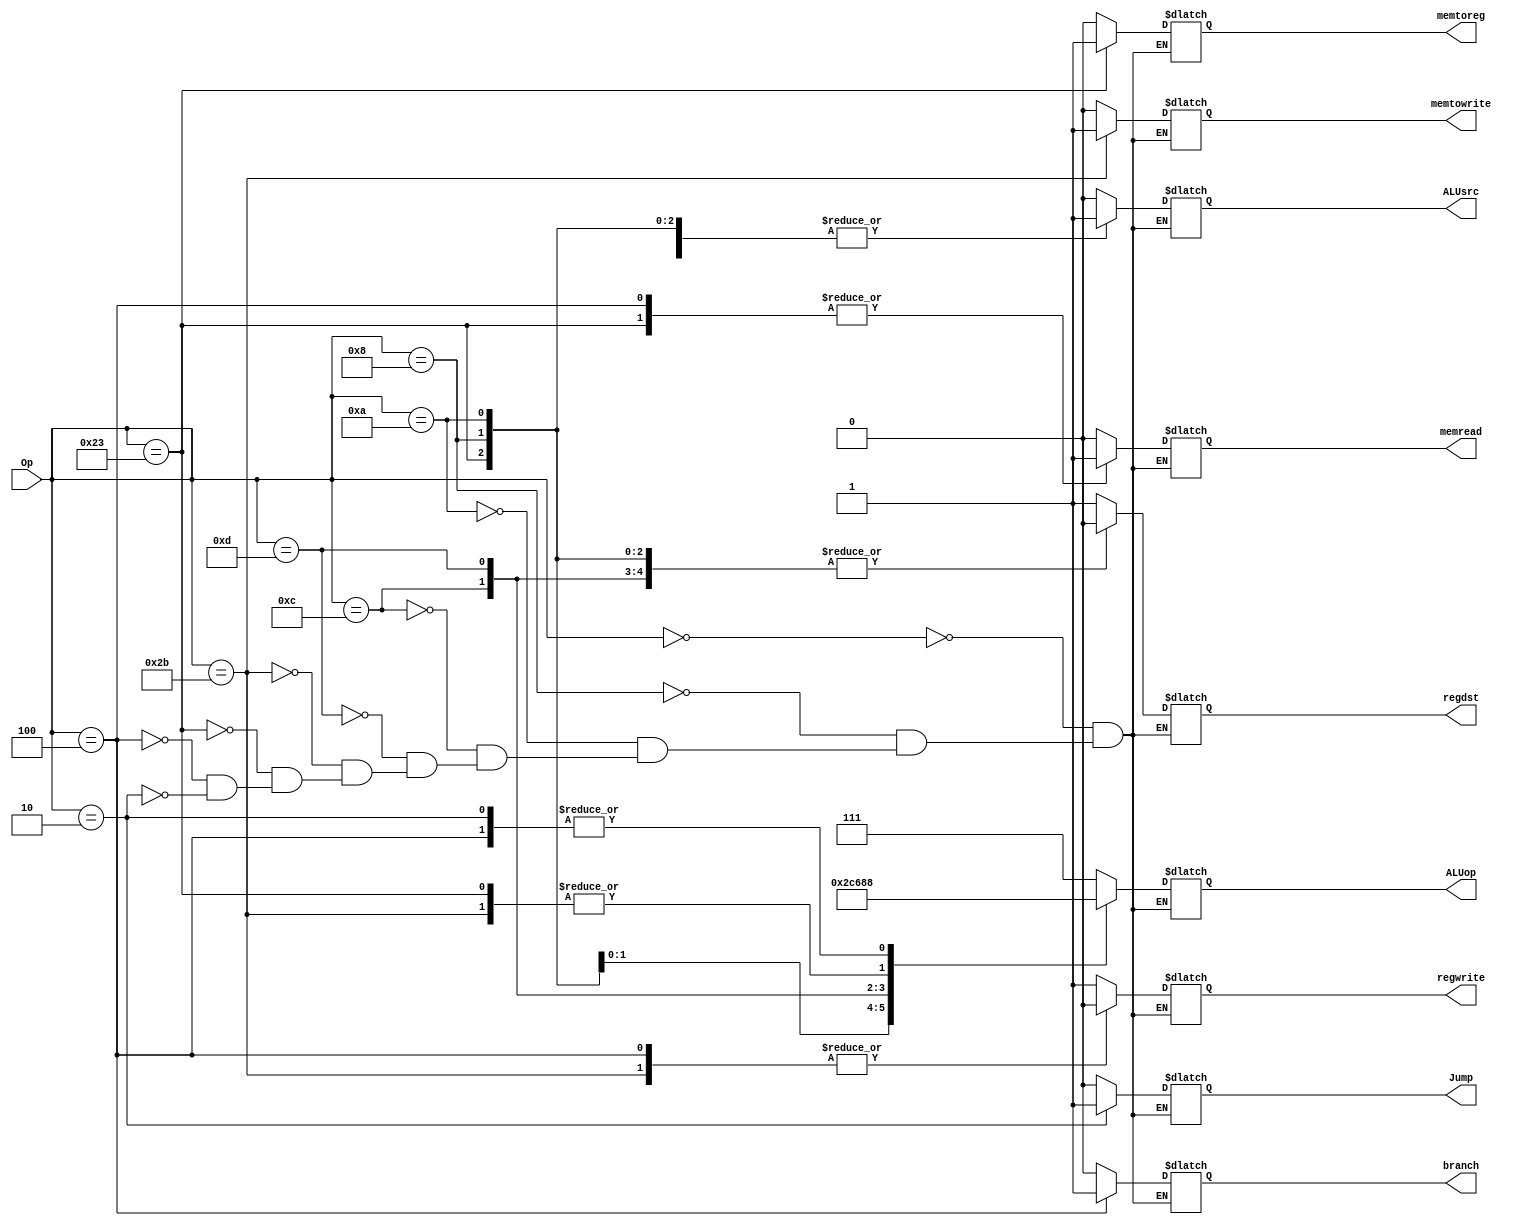
//Unidad de Control prueba
//Fase 2
`timescale 1ns/1ns

module UnidadControl(
    input [5:0] Op,
    output reg regdst,
    output reg branch,
    output reg memread,
    output reg memtoreg,
    output reg [2:0]ALUop,
    output reg memtowrite,
    output reg ALUsrc,
    output reg regwrite,
    output reg Jump
    );

always @* begin
    case (Op)
        6'b000000://Type R
        begin
            regdst = 1;
            branch = 0;
            memread = 0;
            memtoreg = 0;
            ALUop = 3'b111;
            memtowrite = 0;
            ALUsrc = 0;
            regwrite = 1;
            Jump = 0;
        end
        6'b001000: //Addi
        begin
            regdst = 0;
            branch = 0;
            memread = 0;
            memtoreg = 0;
            ALUop = 3'b101;
            memtowrite = 0;
            ALUsrc = 1;
            regwrite = 1;
            Jump = 0;
        end
        6'b001010: //slti
        begin
            regdst = 0;
            branch = 0;
            memread = 0;
            memtoreg = 0;
            ALUop = 3'b100;
            memtowrite = 0;
            ALUsrc = 1;
            regwrite = 1;  
            Jump = 0;
        end
        6'b001100://andi
        begin
            regdst = 0;
            branch = 0;
            memread = 0;
            memtoreg = 0;
            ALUop = 3'b011;
            memtowrite = 0;
            ALUsrc = 1;
            regwrite = 1;  
            Jump = 0;
        end
        6'b001101: //ori
        begin
            regdst = 0;
            branch = 0;
            memread = 0;
            memtoreg = 0;
            ALUop = 3'b010;
            memtowrite = 0;
            ALUsrc = 1;
            regwrite = 1;  
            Jump = 0;
        end
        6'b101011://sw
        begin
            regdst = 1'dx;
            branch = 0;
            memread = 0;
            memtoreg = 1'dx;
            ALUop = 3'b001;
            memtowrite = 1;
            ALUsrc = 1;
            regwrite = 0;  
            Jump = 0;
        end
        6'b100011://lw
        begin
            regdst = 0;
            branch = 0;
            memread = 1;
            memtoreg = 1;
            ALUop = 3'b001;
            memtowrite = 0;
            ALUsrc = 1;
            regwrite = 1;  
            Jump = 0;
        end
        6'b000100://beq
        begin
            regdst = 1'dx;
            branch = 1;
            memread = 1;
            memtoreg = 1'dx;
            ALUop = 3'b000;
            memtowrite = 0;
            ALUsrc = 0;
            regwrite = 0; 
            Jump = 0;
        end
        6'b000010://Jump
        begin
            regdst = 1'dx;
            branch = 1'dx;
            memread = 1'dx;
            memtoreg = 1'dx;
            ALUop = 3'b000;
            memtowrite = 1'dx;
            ALUsrc = 1'dx;
            regwrite = 1'dx; 
            Jump = 1;
        end
    endcase
end
endmodule